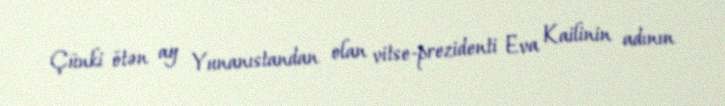
Çünki ötən ay Yunanıstandan olan vitse-prezidenti Eva Kailinin adının